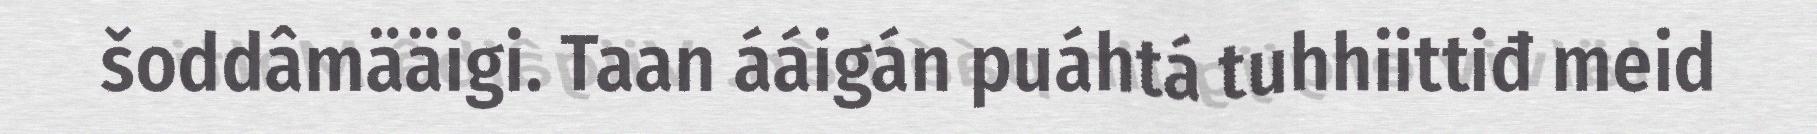
šoddâmääigi. Taan ááigán puáhtá tuhhiittiđ meid